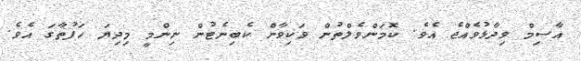
އާސިމް ވިދާޅުވެއްޖެ އެވެ. ކޮމަންވެލްތުން ވަކިވާން ކެބިނެޓުން ނިންމީ މިދިޔަ ހަފުތާގަ އެވެ.